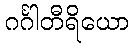
ဂင်္ဂါတီရိယော